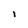
Character: l